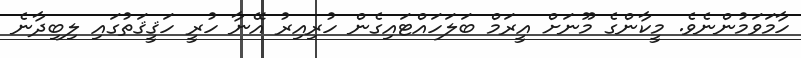
ހާމަވަމުންނެވެ. މީކާންގެ މޫނަށް އީރަމް ބަލަހައްޓައިގެން ހުރިއިރު އޭނާ ހުރީ ހަޤީޤަތުގައި ލިބިދާނެ